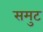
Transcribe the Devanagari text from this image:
समुट